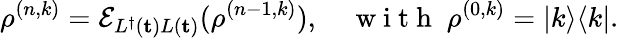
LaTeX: \rho^{(n,k)}=\mathcal{E}_{L^{\dagger}({\mathbf t})L({\mathbf t})}(\rho^{(n-1,k)}),\quad\mathrm{~w~i~t~h~}\; \rho^{(0,k)}=|k\rangle\langle k|.